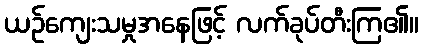
ယဉ်ကျေးသမှုအနေဖြင့် လက်ခုပ်တီးကြ၏။